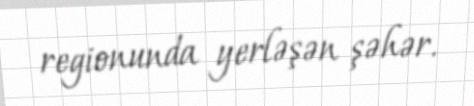
regionunda yerləşən şəhər.